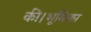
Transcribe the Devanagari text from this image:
की।भूमिका